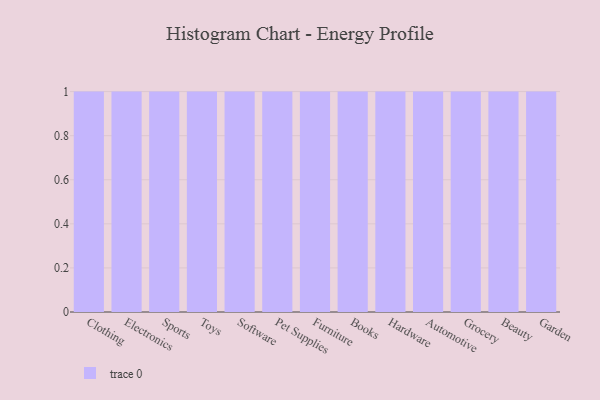
{"axis": {"x": "Category", "y": "Active Users"}, "legend": [""], "data": [{"x": "Clothing", "y": 93, "type": ""}, {"x": "Electronics", "y": 62, "type": ""}, {"x": "Sports", "y": 95, "type": ""}, {"x": "Toys", "y": 85, "type": ""}, {"x": "Software", "y": 98, "type": ""}, {"x": "Pet Supplies", "y": 22, "type": ""}, {"x": "Furniture", "y": 4, "type": ""}, {"x": "Books", "y": 41, "type": ""}, {"x": "Hardware", "y": 10, "type": ""}, {"x": "Automotive", "y": 90, "type": ""}, {"x": "Grocery", "y": 41, "type": ""}, {"x": "Beauty", "y": 57, "type": ""}, {"x": "Garden", "y": 99, "type": ""}]}